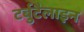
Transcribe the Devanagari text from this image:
टर्बुटैलाइन